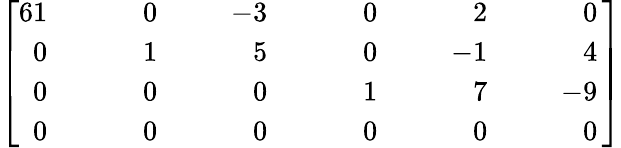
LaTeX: \left[{\begin{array}{rlrlrlrlrlr}{{6}1}&{}&{0}&{}&{-3}&{}&{0}&{}&{2}&{}&{0}\\ {0}&{}&{1}&{}&{5}&{}&{0}&{}&{-1}&{}&{4}\\ {0}&{}&{0}&{}&{0}&{}&{1}&{}&{7}&{}&{-9}\\ {0}&{}&{\; \; \; \; \; 0}&{}&{\; \; \; \; \; 0}&{}&{\; \; \; \; \; 0}&{}&{\; \; \; \; \; 0}&{}&{\; \; \; \; \; 0}\end{array}}\, \right]